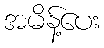
အမိန့်ပေး